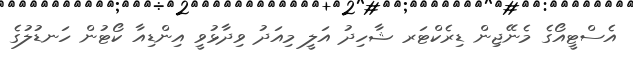
އެސްޓީއޯގެ މެނޭޖިން ޑިރެކްޓަރ ޝާހިދު އަލީ މިއަދު ވިދާޅުވީ އިންޑިއާ ކޯޓުން ހަނޑުލުގެ